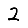
Digit: 2